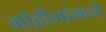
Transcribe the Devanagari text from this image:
मोहीमांमध्ये